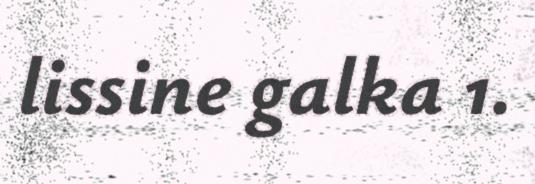
lissine galka 1.